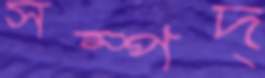
সম্পদ্